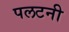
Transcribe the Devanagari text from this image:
पलटनी